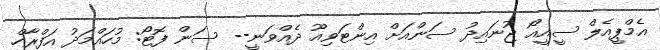
އެމްޕީއެލް ސީއީއޯ ޖުނައިދު ސަންއަށް އިންޓަވިއޫ ދެއްވަނީ-- ސަން ފޮޓޯ: މުހައްމަދު އަފްރާހް